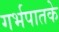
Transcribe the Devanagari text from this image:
गर्भपातके